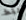
فقط